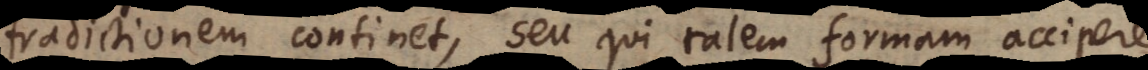
adictionem continet, seu qui talem formam accipere